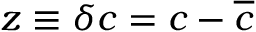
z \equiv \delta c = c - \overline { { c } }